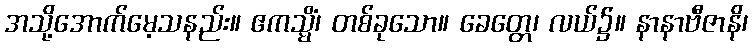
အသို့အောက်မေ့သနည်း။ ဧကသ္မိံ၊ တစ်ခုသော။ ခေတ္တေ၊ လယ်၌။ နာနာဗီဇာနိ၊